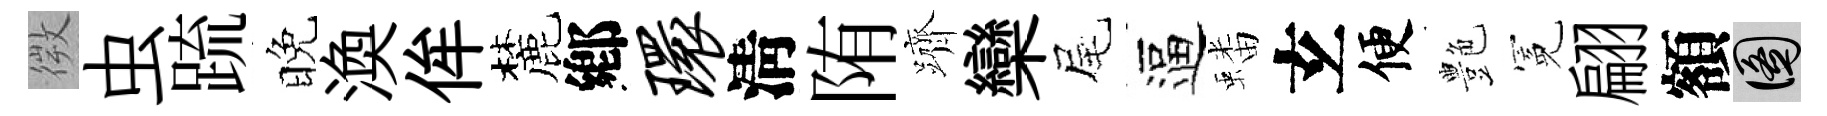
微虫䟽晚渙侔麓鄕环淸陏躋欒尾逼蟠𤣥便艶冕翩額圖